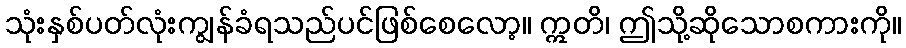
သုံးနှစ်ပတ်လုံးကျွန်ခံရသည်ပင်ဖြစ်စေလော့။ ဣတိ၊ ဤသို့ဆိုသောစကားကို။